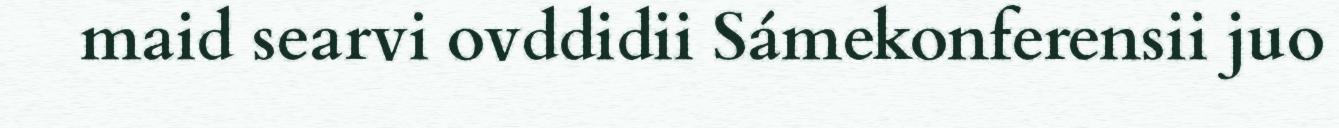
maid searvi ovddidii Sámekonferensii juo